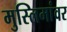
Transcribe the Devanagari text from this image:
मुस्लिमांवर